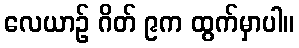
လေယာဉ် ဂိတ် ၉က ထွက်မှာပါ။